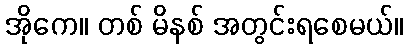
အိုကေ။ တစ် မိနစ် အတွင်းရစေမယ်။